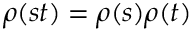
\rho ( s t ) = \rho ( s ) \rho ( t )